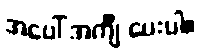
အပေါ် အင်္ကျီ ပေးပါ။